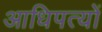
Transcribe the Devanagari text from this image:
आधिपत्यों